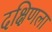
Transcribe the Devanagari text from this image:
दक्षिणला